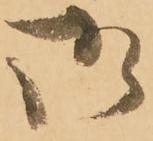
御